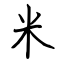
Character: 米